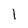
Character: l